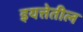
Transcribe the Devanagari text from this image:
इयत्तेतील